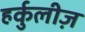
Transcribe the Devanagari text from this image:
हर्कुलीज़